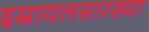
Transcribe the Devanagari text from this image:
इस्रायलसारख्या